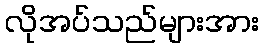
လိုအပ်သည်များအား